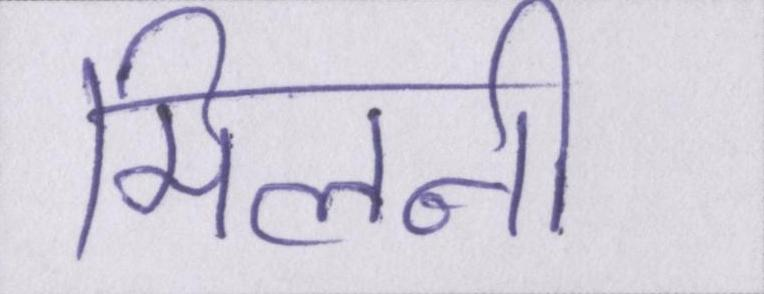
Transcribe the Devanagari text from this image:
मिलनी